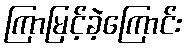
ကြာမြင့်ခဲ့ကြောင်း